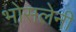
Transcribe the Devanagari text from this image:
भोसलेनी